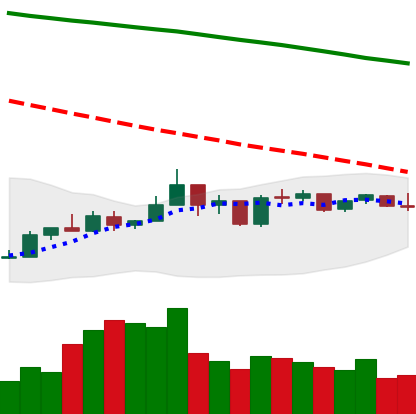
Ticker: NEO-USD
Chart end date: 2019-01-04
Forward return: 20.523%
Label: up_7plus